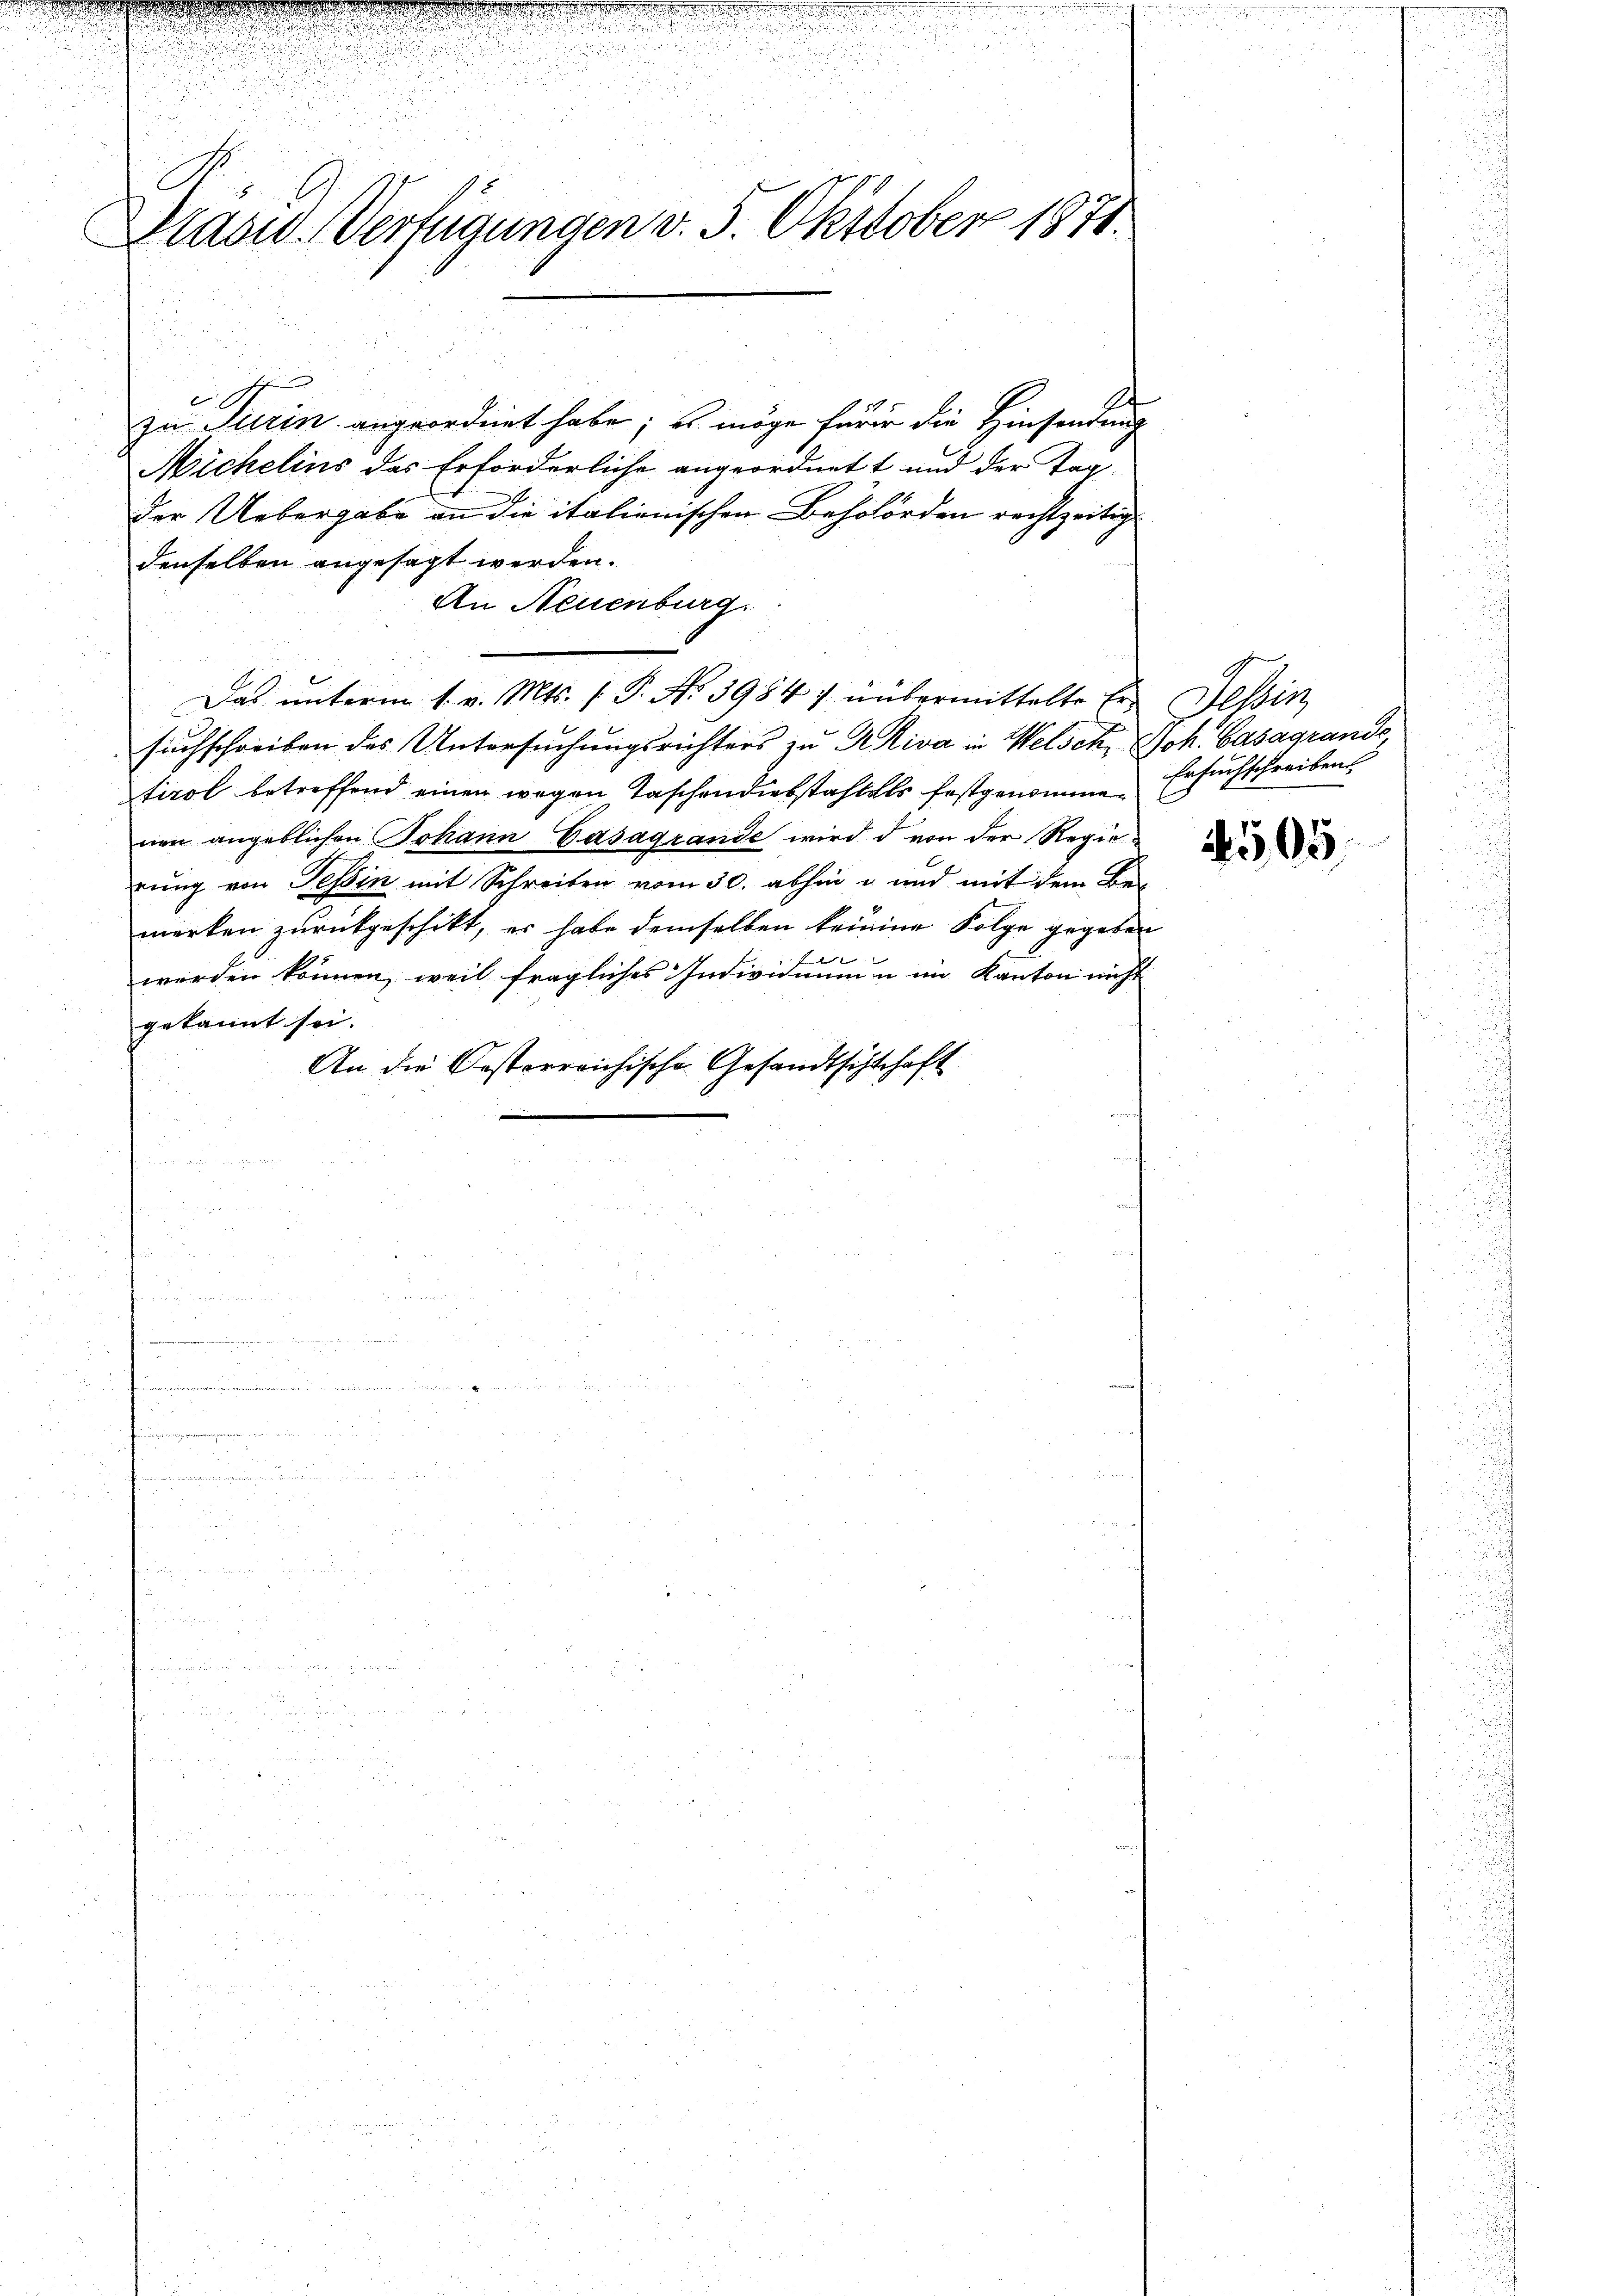
Drasid. Verfügungen v. 5. Okttober 1871.

.

woren

i

n

Das unterm 1. v. Mts. f. P. Nr. 3984) übermittelte Er Tessin

zu Turin angeordnet habe; es möge für ir die Hinsendung
Michelins das Erforderliche angeordnett und der Tag¬
Der Uebergabe an die italienischen Beholörden rechtzeitig
denselben angesagt werden.
An Neuenburg
suchschreiben des Untersuchungsrichters zu Priva in Welsch, Joh. Casagrands,
tirol betreffend einen wegen Taschendiebstahles festgenommenen angeblichen Johann Gasagrande wird d von der Regierŭng von Tessin mit Schreiben vom 30. abhin u. und mit dem Bemerken zurückgeschikt, er habe demselben keinen Folge gegeben
f
werden können, weil fragliches Individuum u im Kanton nicht
gekannt sei.
An die Oesterreichische Gesandtschschaft
u

9
Ersuchschreiben.

5,05